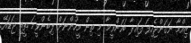
ޒިއްމާ ނަގަންޖެހިފަ ފައިދާ ބަހަންވީމާ މި ތިން މީހުންނަށް ލިބެންވީމަ ތީތި ޖަޑައޭ.